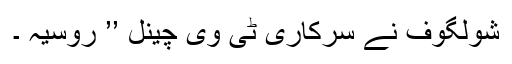
شولگوف نے سرکاری ٹی وی چینل ’’ روسیہ ۔